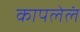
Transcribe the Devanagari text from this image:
कापलेलं